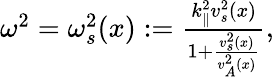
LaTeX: \begin{array}{r}{\omega^{2}=\omega_{s}^{2}(x):=\frac{k_{\parallel}^{2}v_{s}^{2}(x)}{1+\frac{v_{s}^{2}(x)}{v_{A}^{2}(x)}},}\end{array}